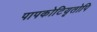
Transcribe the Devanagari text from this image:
पापकोटियृतोपि